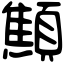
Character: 顦